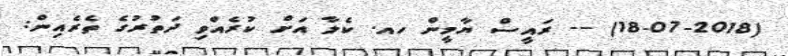
(18-07-2018) -- ރައީސް ޔާމީން ހއ. ކެލާ އަށް ކުރެއްވި ދަތުރުގެ ތެރެއިން: